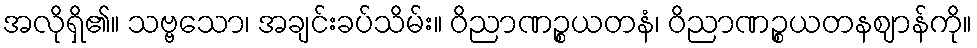
အလိုရှိ၏။ သဗ္ဗသော၊ အချင်းခပ်သိမ်း။ ဝိညာဏဉ္စယတနံ၊ ဝိညာဏဉ္စယတနဈာန်ကို။